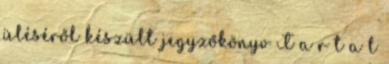
üléséről készült jegyzőkönyv T a r t a l